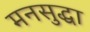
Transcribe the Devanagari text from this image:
मनसुद्धा